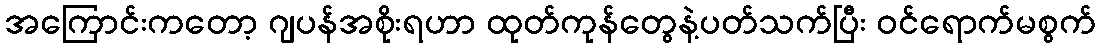
အကြောင်းကတော့ ဂျပန်အစိုးရဟာ ထုတ်ကုန်တွေနဲ့ပတ်သက်ပြီး ဝင်ရောက်မစွက်